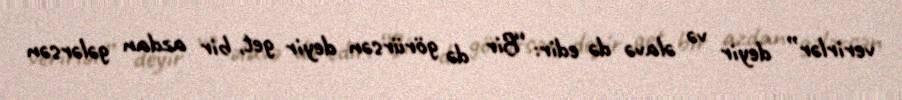
verirlər” deyir və əlavə də edir: “Bir də görürsən deyir get, bir azdan gələrsən